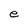
Character: e